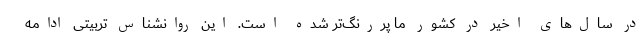
در سال‌های اخیر در کشور ما پررنگ‌تر شده است. این روانشناس تربیتی ادامه